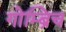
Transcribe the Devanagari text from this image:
गोम्ब्रिच